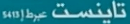
تایپینست